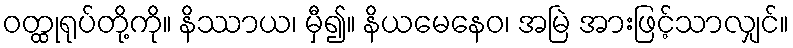
ဝတ္ထုရုပ်တို့ကို။ နိဿာယ၊ မှီ၍။ နိယမေနေဝ၊ အမြဲ အားဖြင့်သာလျှင်။